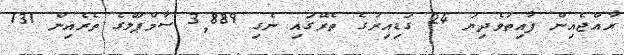
ރާއްޖެއިން ފާއިތުވެދިޔަ 24 ގަޑިއިރުގެ ތެރޭގައި ނެގި 3